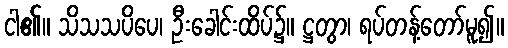
ငါ၏။ သိသသပိပေ၊ ဦးခေါင်းထိပ်၌။ ဋ္ဌတွာ၊ ရပ်တန့်တော်မူ၍။